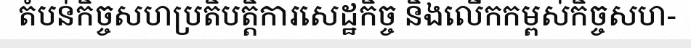
តំបន់កិច្ចសហប្រតិបត្តិការសេដ្ឋកិច្ច និងលើកកម្ពស់កិច្ចសហ-